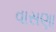
વાસણા